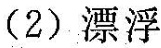
(2)漂浮